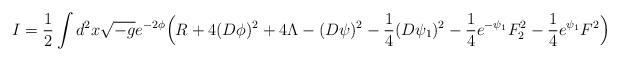
LaTeX: \begin{align*}I = \frac{1}{2} \int d^2 x \sqrt{- g } e^{- 2 \phi } \Big(R + 4 ( D \phi )^2 + 4 \Lambda - (D \psi )^2 - \frac{1}{4} (D \psi_1 )^2 - \frac{1}{4} e^{-\psi_1} F_2^2 - \frac{1}{4} e^{\psi_1} F^2 \Big) \end{align*}